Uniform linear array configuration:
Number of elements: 12
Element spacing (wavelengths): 0.25
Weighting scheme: kaiser
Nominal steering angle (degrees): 30
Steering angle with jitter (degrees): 29.148
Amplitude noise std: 0.05
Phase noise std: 0.05

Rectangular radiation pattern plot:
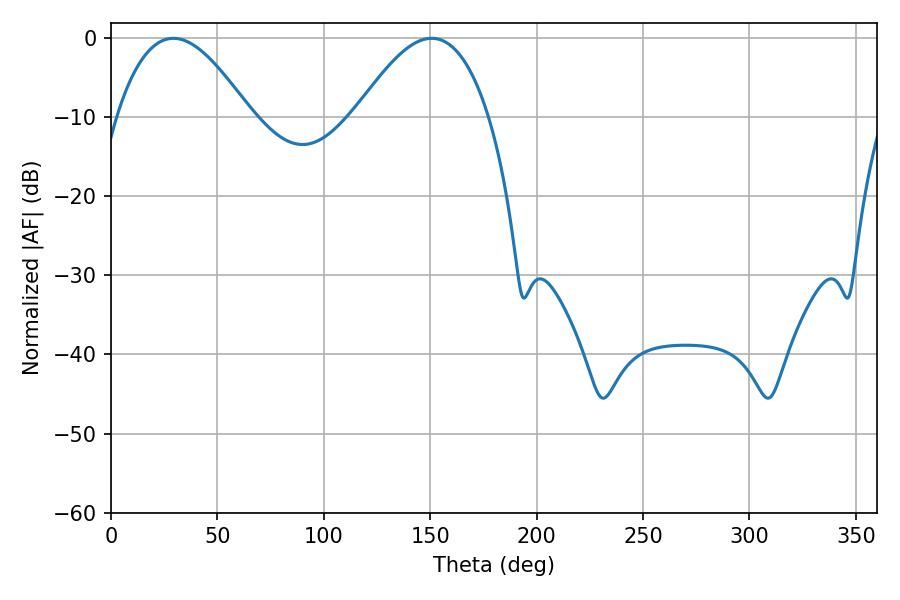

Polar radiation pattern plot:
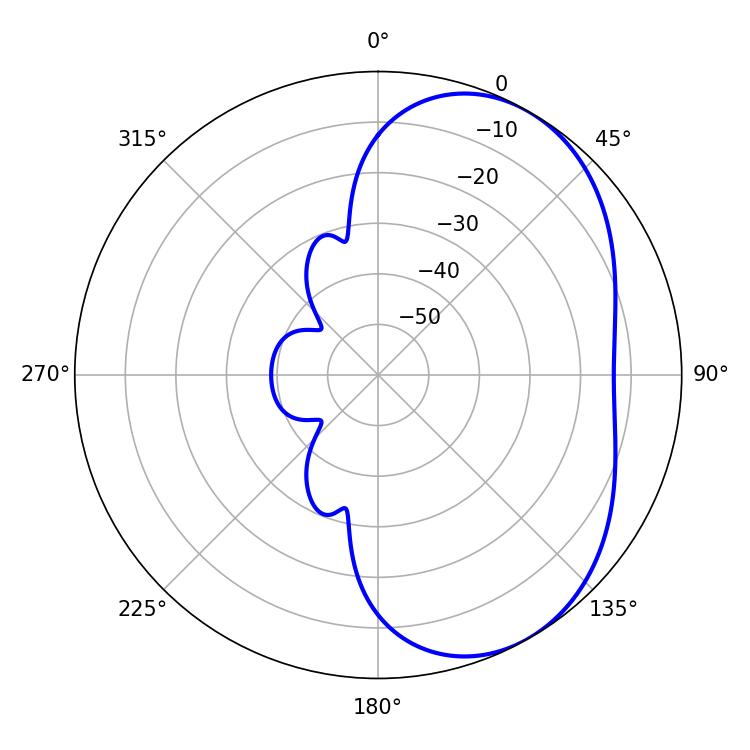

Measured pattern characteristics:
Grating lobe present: FALSE
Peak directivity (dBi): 4.548
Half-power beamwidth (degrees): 34.02
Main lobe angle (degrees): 29.34